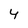
Character: 4